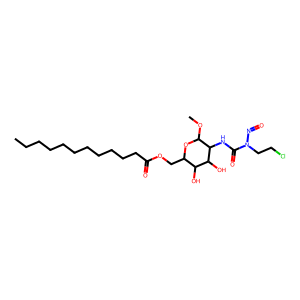
SMILES: CCCCCCCCCCCC(=O)OCC1OC(OC)C(NC(=O)N(CCCl)N=O)C(O)C1O
Inhibits HIV replication: No